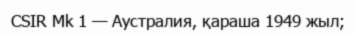
CSIR Mk 1 — Аустралия, қараша 1949 жыл;